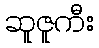
ဆူဇူကီး